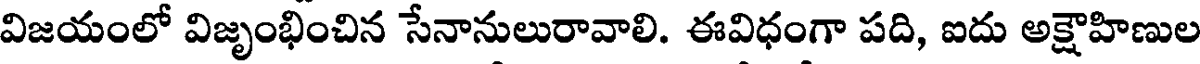
విజయంలో విజృంభించిన సేనానులురావాలి. ఈవిధంగా పది, ఐదు అక్షౌహిణుల